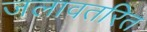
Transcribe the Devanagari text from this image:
जलावतरित